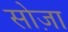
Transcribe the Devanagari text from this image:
सोज़ा